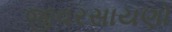
જીવરસાયણો